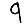
Digit: 9